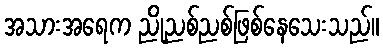
အသားအရေက ညိုညစ်ညစ်ဖြစ်နေသေးသည်။